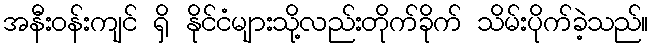
အနီးဝန်းကျင် ရှိ နိုင်ငံများသို့လည်းတိုက်ခိုက် သိမ်းပိုက်ခဲ့သည်။